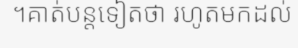
។គាត់បន្តទៀតថា រហូតមកដល់